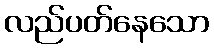
လည်ပတ်နေသော